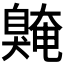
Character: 𫇌